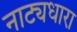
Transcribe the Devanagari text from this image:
नाट्यधारा